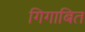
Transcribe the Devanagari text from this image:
गिगाबित